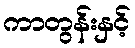
ကာတွန်းနှင့်